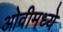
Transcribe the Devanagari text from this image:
ओवीमध्ये